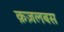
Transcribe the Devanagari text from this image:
क़ज़लबस